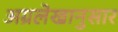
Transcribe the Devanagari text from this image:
अग्रलेखानुसार